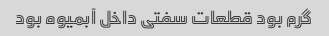
گرم بود قطعات سفتی داخل آبمیوه بود